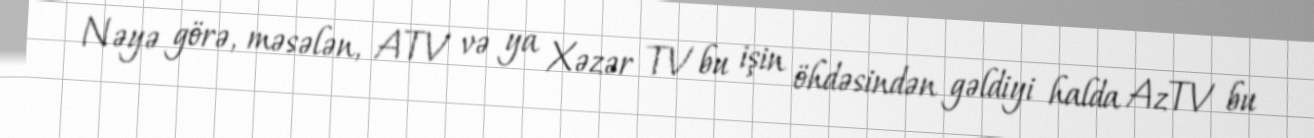
Nəyə görə, məsələn, ATV və ya Xəzər TV bu işin öhdəsindən gəldiyi halda AzTV bu